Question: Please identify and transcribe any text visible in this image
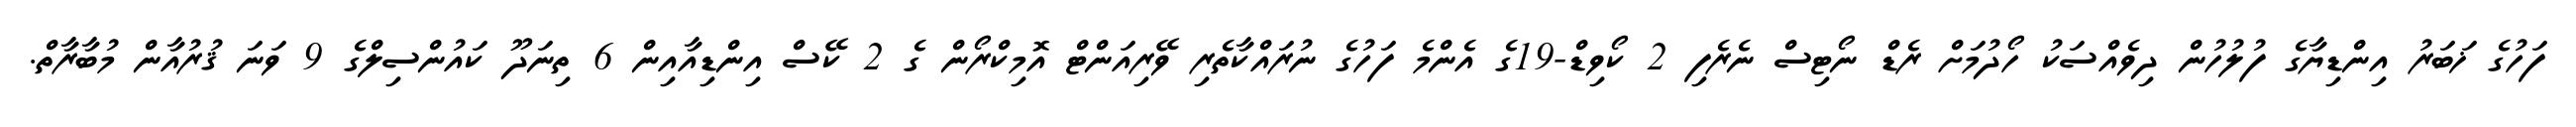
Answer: ފަހުގެ ޚަބަރު އިންޑިޔާގެ ފުލުހުން ދިވެއްސަކު ހޯދުމަށް ރެޑް ނޯޓިސް ނެރެފި 2 ކޯވިޑް-19ގެ އެންމެ ފަހުގެ ނުރައްކާތެރި ވޭރިއަންޓް އޮމިކްރޯން ގެ 2 ކޭސް އިންޑިއާއިން 6 ތިނަދޫ ކައުންސިލްގެ 9 ވަނަ ޤުރުއާން މުބާރާތް.